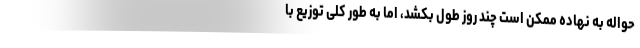
حواله به نهاده ممکن است چند روز طول بکشد، اما به طور کلی توزیع با